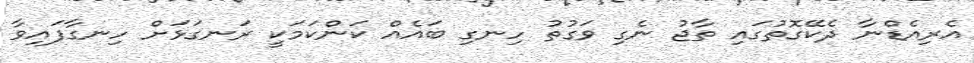
އެރިއެޑްނާ ދެކޭގޮތުގައި ތާޖު ނެގި ވަގުތު ހިނގި ބައެއް ކަންކަމަކީ ރަނގަޅަށް ހިނގާފައިވާ